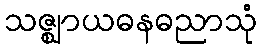
သဇ္ဈာယဓနဓညာသုံ